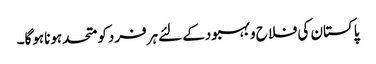
پاکستان کی فلا ح وبہبودکے لئے ہرفردکومتحدہوناہوگا۔